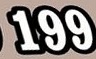
199